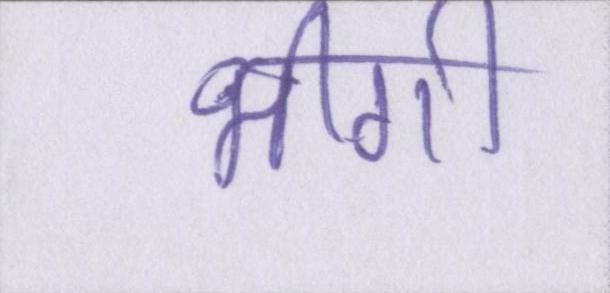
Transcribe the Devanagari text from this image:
भीगी